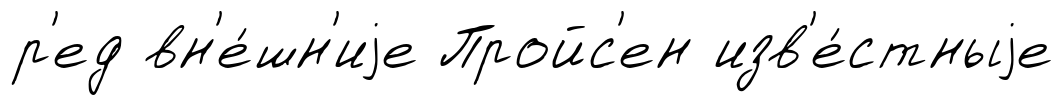
р'ед вн'е́шн'иjе Пройс'ен изв'е́стныjе